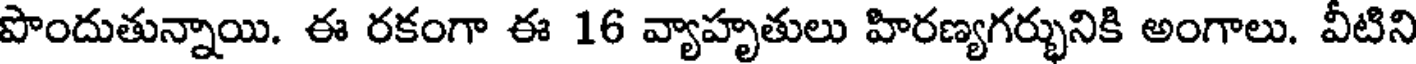
పొందుతున్నాయి. ఈ రకంగా ఈ 16 వ్యాహృతులు హిరణ్యగర్భునికి అంగాలు. వీటిని